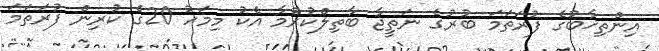
އިންތިޚާބުގެ ފުރަތަމަ ބުރުގެ ނަތީޖާ ބާތިލްކުރުމާ އެކު މިމަހު 20ގެ ކުރިން ފުރަތަމަ